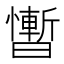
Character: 𰖴